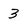
Character: 3